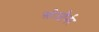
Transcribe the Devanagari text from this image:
सोजौर्नर